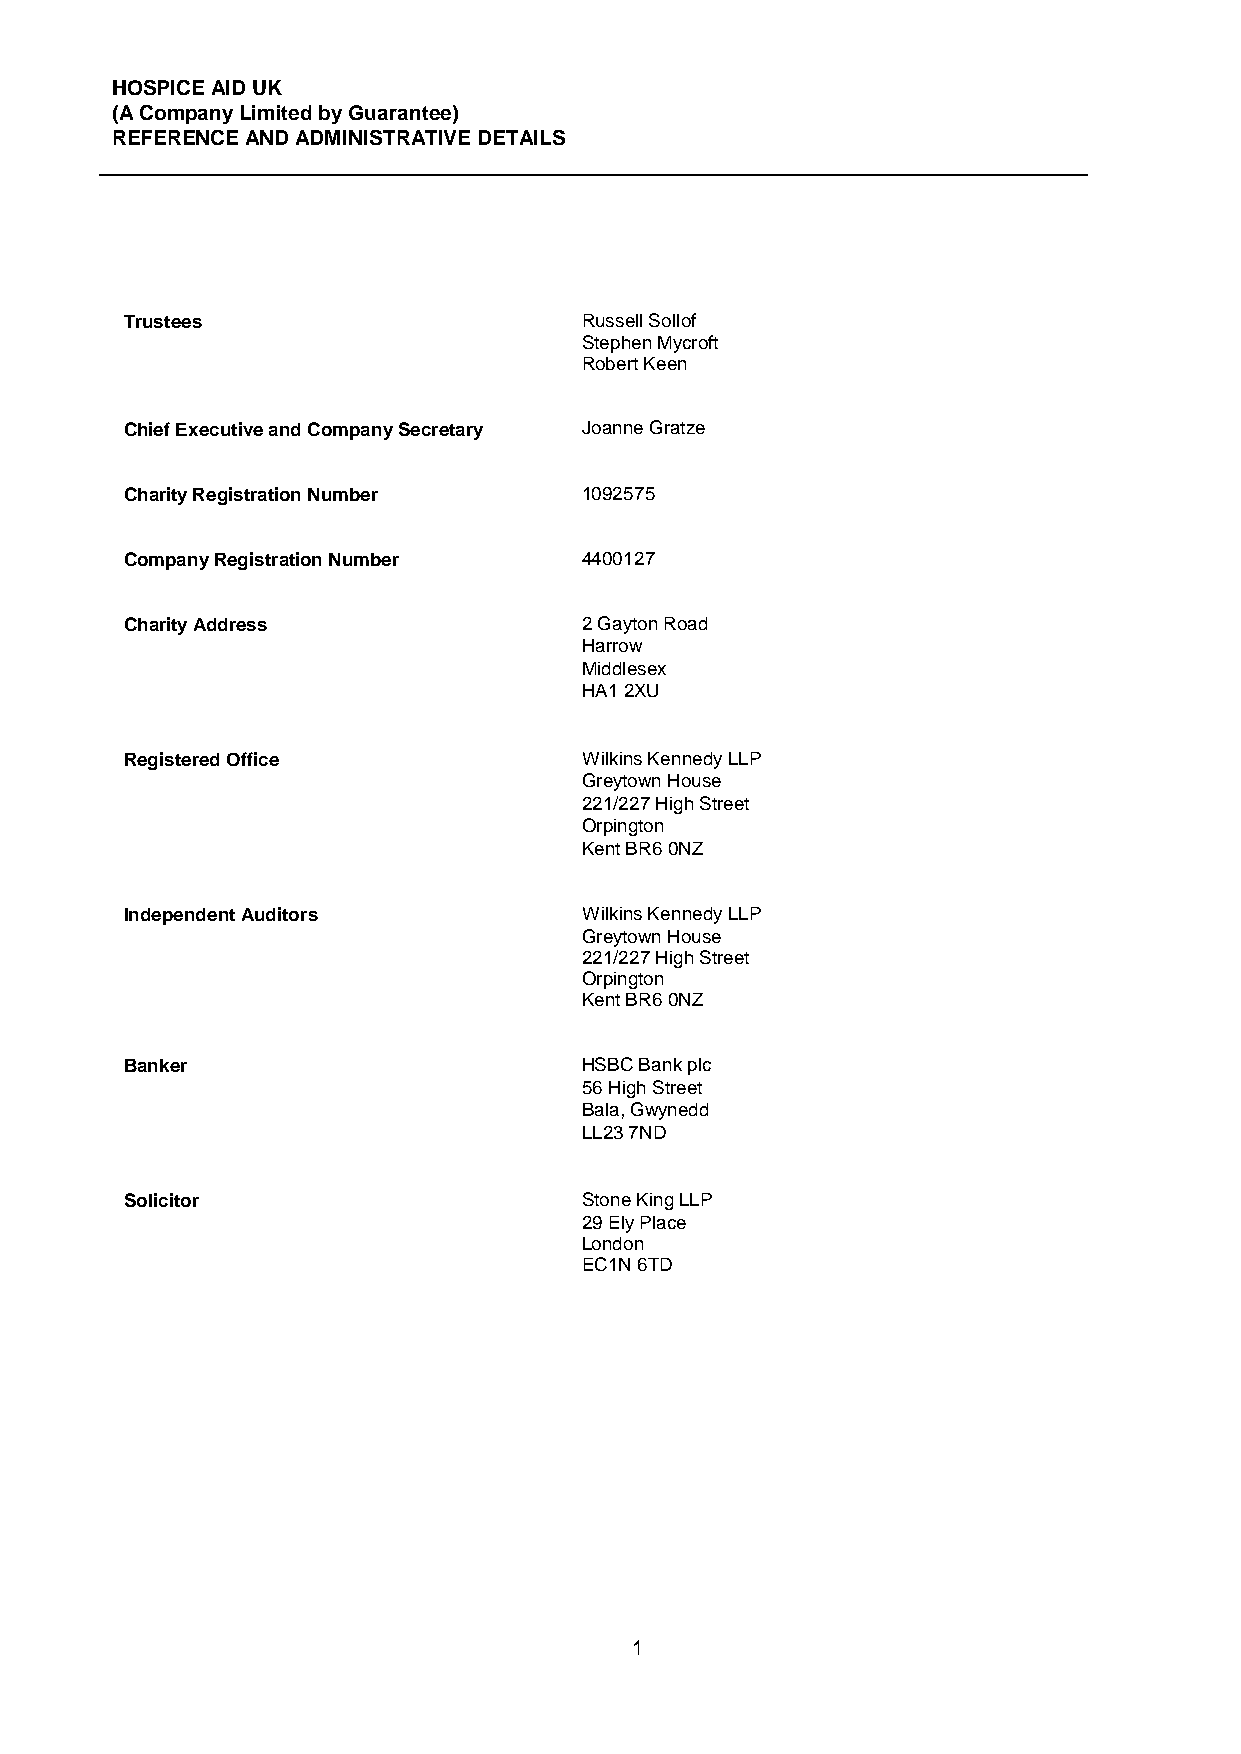
HOSPICE AID UK
 (A Company Limited by Guarantee)
 REFERENCE AND ADMINISTRATIVE DETAILS
 Trustees                      Russell Sollof
 Stephen Mycroft
 Robert Keen
 Chief Executive and Company Secretary Joanne Gratze
 Charity Registration Number   1092575
 Company Registration Number   4400127
 Charity Address               2 Gayton Road
 Harrow
 Middlesex
 HA1 2XU
 Registered Office             Wilkins Kennedy LLP
 Greytown House
 221/227 High Street
 Orpington
 Kent BR6 0NZ
 Independent Auditors          Wilkins Kennedy LLP
 Greytown House
 221/227 High Street
 Orpington
 Kent BR6 0NZ
 Banker                        HSBC Bank plc
 56 High Street
 Bala, Gwynedd
 LL23 7ND
 Solicitor                     Stone King LLP
 29 Ely Place
 London
 EC1N 6TD
 1